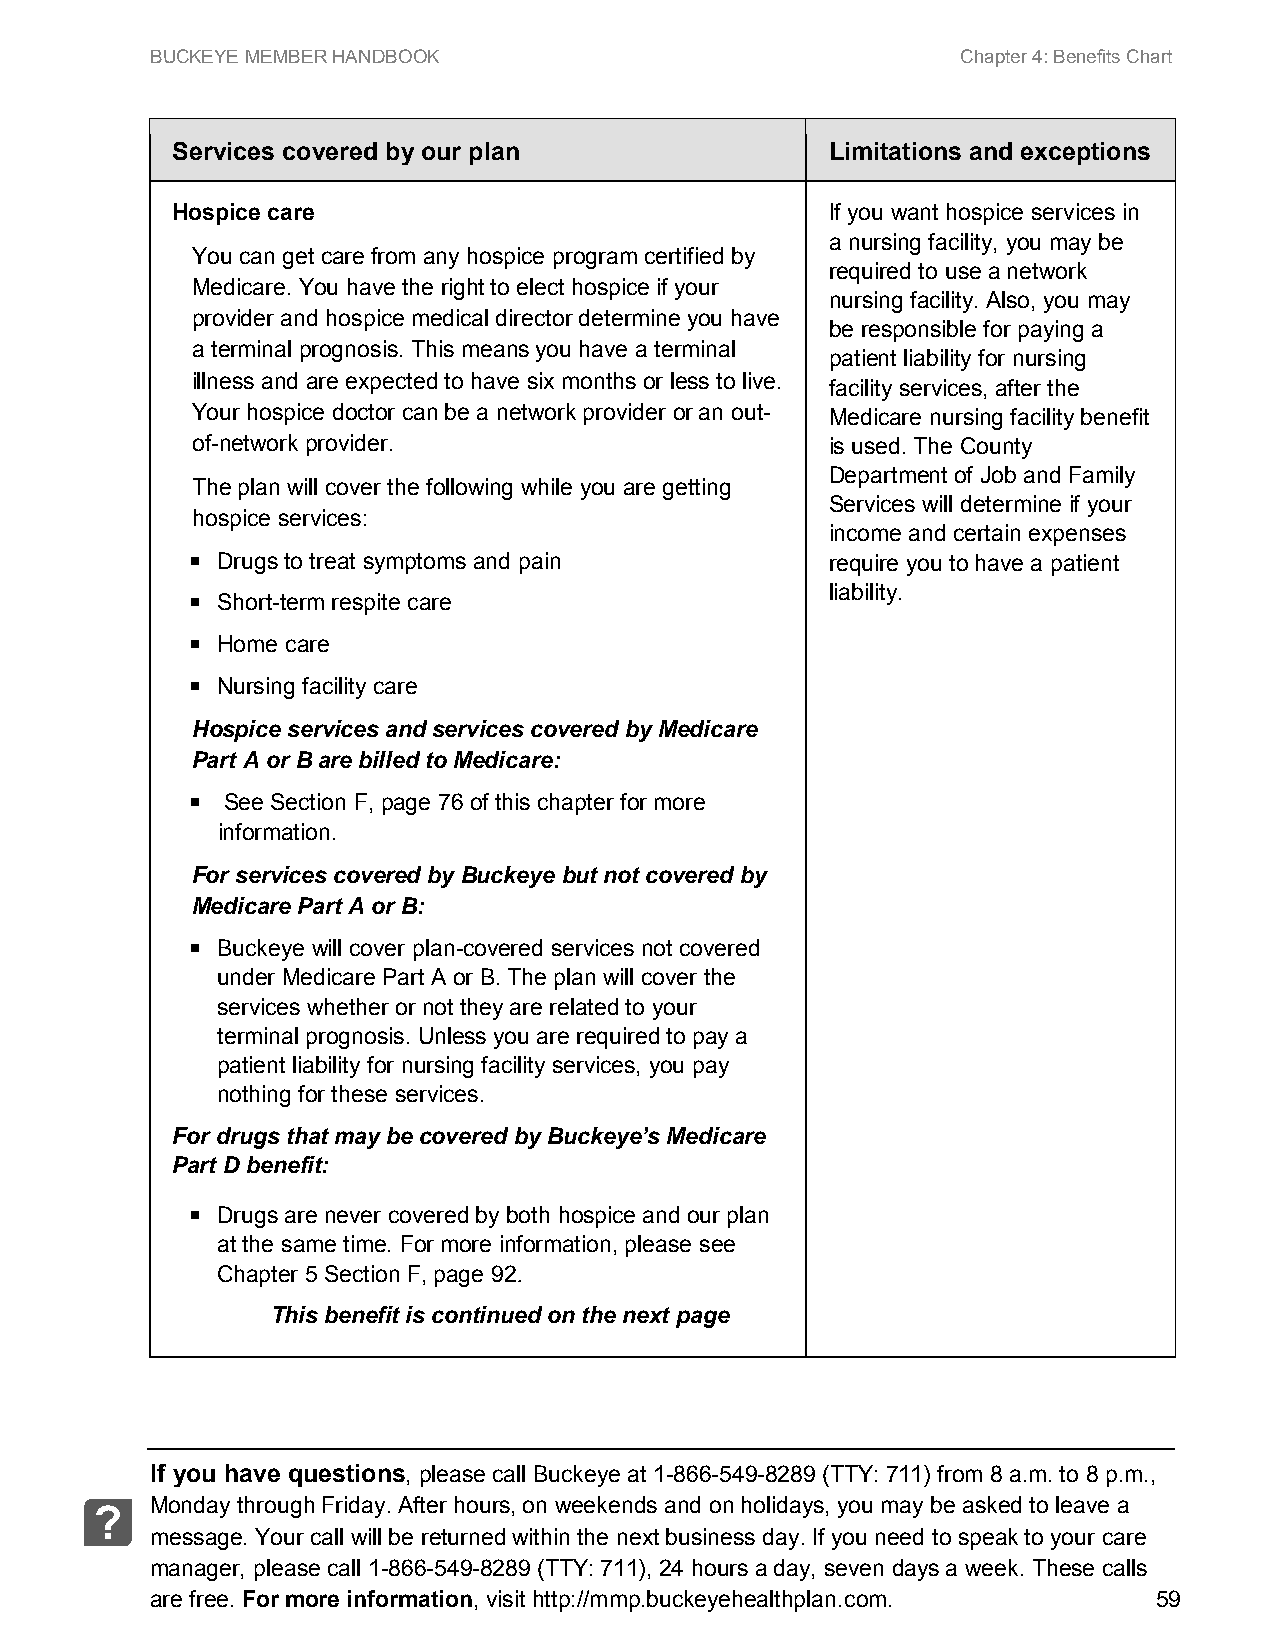
BUCKEYE MEMBER HANDBOOK                               Chapter 4: Benefits Chart
 Services covered by our plan                Limitations and exceptions
 Hospice care                                If you want hospice services in
 a nursing facility, you may be
 You can get care from any hospice program certified by
 required to use a network
 Medicare. You have the right to elect hospice if your
 nursing facility. Also, you may
 provider and hospice medical director determine you have
 be responsible for paying a
 a terminal prognosis. This means you have a terminal
 patient liability for nursing
 illness and are expected to have six months or less to live.
 facility services, after the
 Your hospice doctor can be a network provider or an out- Medicare nursing facility benefit
 of-network provider.                      is used. The County
 Department of Job and Family
 The plan will cover the following while you are getting
 Services will determine if your
 hospice services:
 income and certain expenses
  Drugs to treat symptoms and pain        require you to have a patient
 liability.
  Short-term respite care
  Home care
  Nursing facility care
 Hospice services and services covered by Medicare
 Part A or B are billed to Medicare:
  See Section F, page 76 of this chapter for more
 information.
 For services covered by Buckeye but not covered by
 Medicare Part A or B:
  Buckeye will cover plan-covered services not covered
 under Medicare Part A or B. The plan will cover the
 services whether or not they are related to your
 terminal prognosis. Unless you are required to pay a
 patient liability for nursing facility services, you pay
 nothing for these services.
 For drugs that may be covered by Buckeye’s Medicare
 Part D benefit:
  Drugs are never covered by both hospice and our plan
 at the same time. For more information, please see
 Chapter 5 Section F, page 92.
 This benefit is continued on the next page
 If you have questions, please call Buckeye at 1-866-549-8289 (TTY: 711) from 8 a.m. to 8 p.m.,
 Monday through Friday. After hours, on weekends and on holidays, you may be asked to leave a
 ?
 message. Your call will be returned within the next business day. If you need to speak to your care
 manager, please call 1-866-549-8289 (TTY: 711), 24 hours a day, seven days a week. These calls
 are free. For more information, visit http://mmp.buckeyehealthplan.com. 59